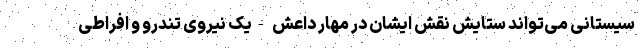
سیستانی می‌تواند ستایش نقش ایشان در مهار داعش -یک نیروی تندرو و افراطی